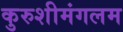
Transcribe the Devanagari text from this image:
कुरुशीमंगलम